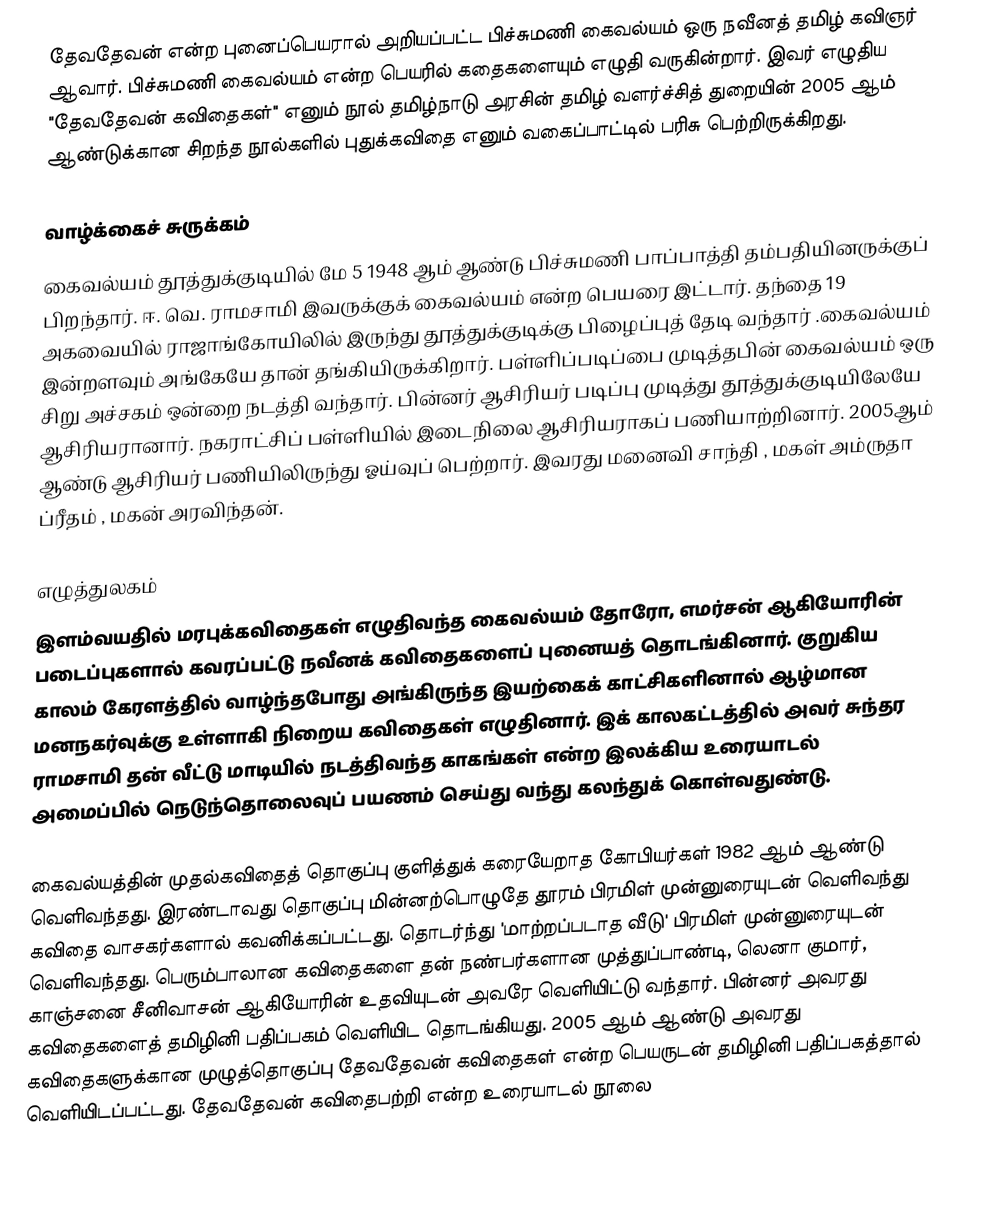
தேவதேவன் என்ற புனைப்பெயரால் அறியப்பட்ட பிச்சுமணி கைவல்யம் ஒரு நவீனத் தமிழ் கவிஞர் ஆவார். பிச்சுமணி கைவல்யம் என்ற பெயரில் கதைகளையும் எழுதி வருகின்றார். இவர் எழுதிய "தேவதேவன் கவிதைகள்" எனும் நூல் தமிழ்நாடு அரசின் தமிழ் வளர்ச்சித் துறையின் 2005 ஆம் ஆண்டுக்கான சிறந்த நூல்களில் புதுக்கவிதை எனும் வகைப்பாட்டில் பரிசு பெற்றிருக்கிறது.

வாழ்க்கைச் சுருக்கம்
கைவல்யம் தூத்துக்குடியில் மே 5 1948 ஆம் ஆண்டு பிச்சுமணி பாப்பாத்தி தம்பதியினருக்குப் பிறந்தார். ஈ. வெ. ராமசாமி இவருக்குக் கைவல்யம் என்ற பெயரை இட்டார். தந்தை 19 அகவையில் ராஜாங்கோயிலில் இருந்து தூத்துக்குடிக்கு பிழைப்புத் தேடி வந்தார் .கைவல்யம் இன்றளவும் அங்கேயே தான் தங்கியிருக்கிறார். பள்ளிப்படிப்பை முடித்தபின் கைவல்யம் ஒரு சிறு அச்சகம் ஒன்றை நடத்தி வந்தார். பின்னர் ஆசிரியர் படிப்பு முடித்து தூத்துக்குடியிலேயே ஆசிரியரானார். நகராட்சிப் பள்ளியில் இடைநிலை ஆசிரியராகப் பணியாற்றினார். 2005ஆம் ஆண்டு ஆசிரியர் பணியிலிருந்து ஓய்வுப் பெற்றார். இவரது மனைவி சாந்தி , மகள் அம்ருதா ப்ரீதம் , மகன் அரவிந்தன்.

எழுத்துலகம்
இளம்வயதில் மரபுக்கவிதைகள் எழுதிவந்த கைவல்யம் தோரோ, எமர்சன் ஆகியோரின் படைப்புகளால் கவரப்பட்டு நவீனக் கவிதைகளைப் புனையத் தொடங்கினார். குறுகிய காலம் கேரளத்தில் வாழ்ந்தபோது அங்கிருந்த இயற்கைக் காட்சிகளினால் ஆழ்மான மனநகர்வுக்கு உள்ளாகி நிறைய கவிதைகள் எழுதினார். இக் காலகட்டத்தில் அவர் சுந்தர ராமசாமி தன் வீட்டு மாடியில் நடத்திவந்த காகங்கள் என்ற இலக்கிய உரையாடல் அமைப்பில் நெடுந்தொலைவுப் பயணம் செய்து வந்து கலந்துக் கொள்வதுண்டு.

கைவல்யத்தின் முதல்கவிதைத் தொகுப்பு குளித்துக் கரையேறாத கோபியர்கள் 1982 ஆம் ஆண்டு வெளிவந்தது. இரண்டாவது தொகுப்பு மின்னற்பொழுதே தூரம் பிரமிள் முன்னுரையுடன் வெளிவந்து கவிதை வாசகர்களால் கவனிக்கப்பட்டது. தொடர்ந்து 'மாற்றப்படாத வீடு' பிரமிள் முன்னுரையுடன் வெளிவந்தது. பெரும்பாலான கவிதைகளை தன் நண்பர்களான முத்துப்பாண்டி, லெனா குமார், காஞ்சனை சீனிவாசன் ஆகியோரின் உதவியுடன் அவரே வெளியிட்டு வந்தார். பின்னர் அவரது கவிதைகளைத் தமிழினி பதிப்பகம் வெளியிட தொடங்கியது.  2005 ஆம் ஆண்டு அவரது கவிதைகளுக்கான முழுத்தொகுப்பு தேவதேவன் கவிதைகள் என்ற பெயருடன் தமிழினி பதிப்பகத்தால் வெளியிடப்பட்டது.  தேவதேவன் கவிதைபற்றி என்ற உரையாடல் நூலை